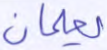
يعلمان